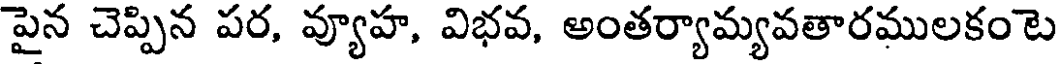
పైన చెప్పిన పర, వ్యూహ, విభవ, అంతర్యామ్యవతారములకంటె